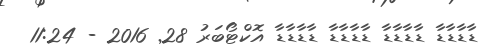
ޑާޑާޑާޑާ ޑާޑާޑާޑާ ޑާޑާޑާޑާ ޑާޑާޑާޑާ އޮކްޓޯބަރު 28